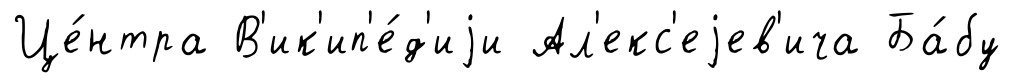
Це́нтра В'ик'ип'е́д'иjи Ал'екс'еjев'ича Ба́бу